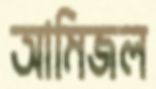
আমিজল